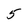
Character: 5